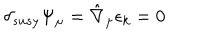
\delta _ { s u s y } \Psi _ { \mu } = \hat { \nabla } _ { \mu } \epsilon _ { k } = 0